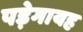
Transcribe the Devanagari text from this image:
पड़ेगायह